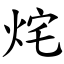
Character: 烢